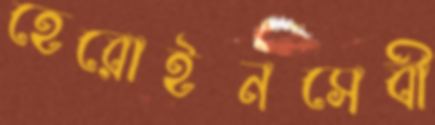
হেরোইনসেবী